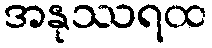
အနုဿရထ